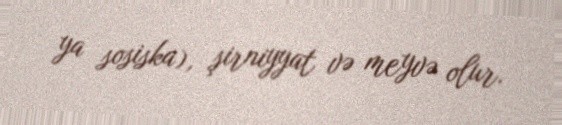
ya sosiska), şirniyyat və meyvə olur.